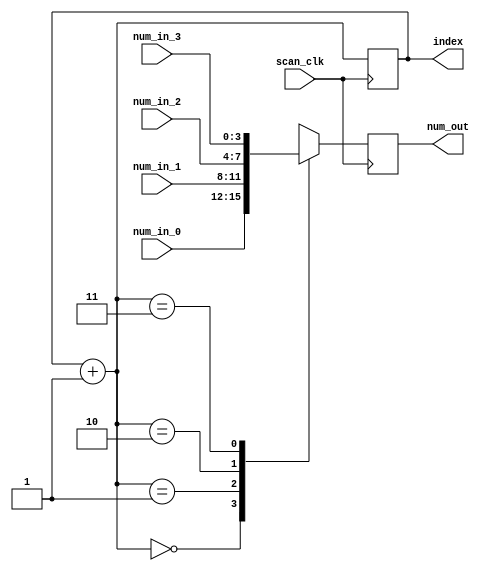
/*
 * Scan through the numbers with the given clock;
 * output a number with its index at a time.
 */

module scan_display(
    input scan_clk,          // recommended: ~250Hz
    input [3:0] num_in_0, num_in_1, num_in_2, num_in_3,
    output reg [3:0] num_out,
    output reg [1:0] index = 0
    );

always @ (posedge scan_clk) begin
    index = index + 1;
    case (index)
        0: num_out = num_in_0;
        1: num_out = num_in_1;
        2: num_out = num_in_2;
        3: num_out = num_in_3;
    endcase
end

endmodule